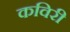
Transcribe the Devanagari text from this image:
कविरी